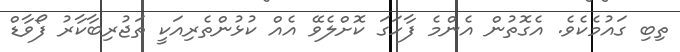
ތިބި ގައުމެކެވެ. އެގޮތުން އެންމެ ފާހަގަ ކޮށްލެވޭ އެއް ކުޅުންތެރިއަކީ ތަޖުރިބާކާރު ފޯވާޑް